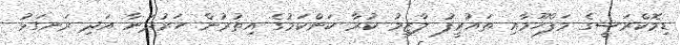
ޑިމޮކްރަސީގެ މަފްހޫމާއި ތައުރީފު ލާޒިމު ކުރާ ކަންކަމުގެ އިތުރުން ހަރުދަނާ އަދި ރަނގަޅު